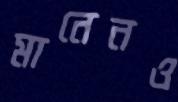
মানেনও